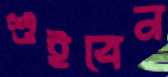
শুইবেন